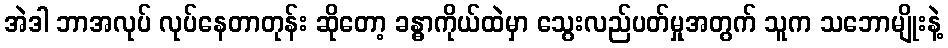
အဲဒါ ဘာအလုပ် လုပ်နေတာတုန်း ဆိုတော့ ခန္ဓာကိုယ်ထဲမှာ သွေးလည်ပတ်မှုအတွက် သူက သဘောမျိုးနဲ့